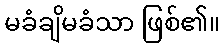
မခံချိမခံသာ ဖြစ်၏။